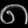
Digit: ၈